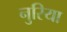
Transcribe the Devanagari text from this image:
नुरिया